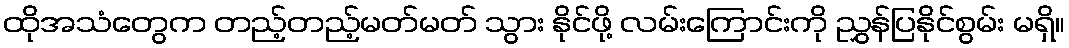
ထိုအသံတွေက တည့်တည့်မတ်မတ် သွား နိုင်ဖို့ လမ်းကြောင်းကို ညွှန်ပြနိုင်စွမ်း မရှိ။